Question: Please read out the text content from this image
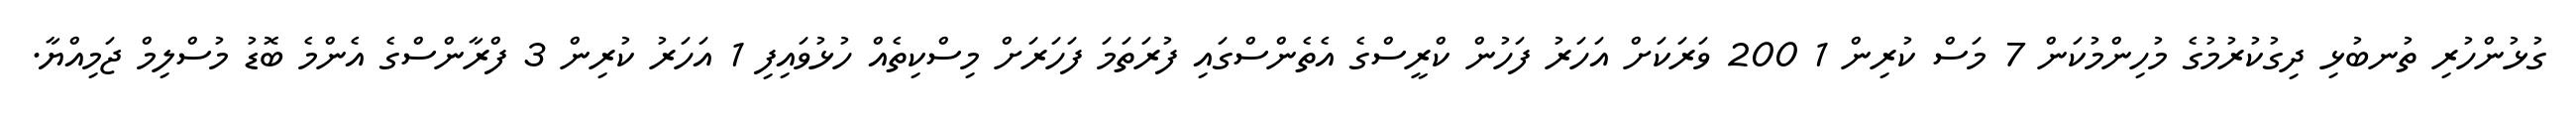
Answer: ގުޅުންހުރި ތުނބުޅި ދިގުކުރުމުގެ މުހިންމުކަން 7 މަސް ކުރިން 1 200 ވަރަކަށް އަހަރު ފަހުން ކްރީސްގެ އެތެންސްގައި ފުރަތަމަ ފަހަރަށް މިސްކިތެއް ހުޅުވައިފި 1 އަހަރު ކުރިން 3 ފްރާންސްގެ އެންމެ ބޮޑު މުސްލިމް ޖަމިއްޔާ.